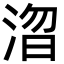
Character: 㳷